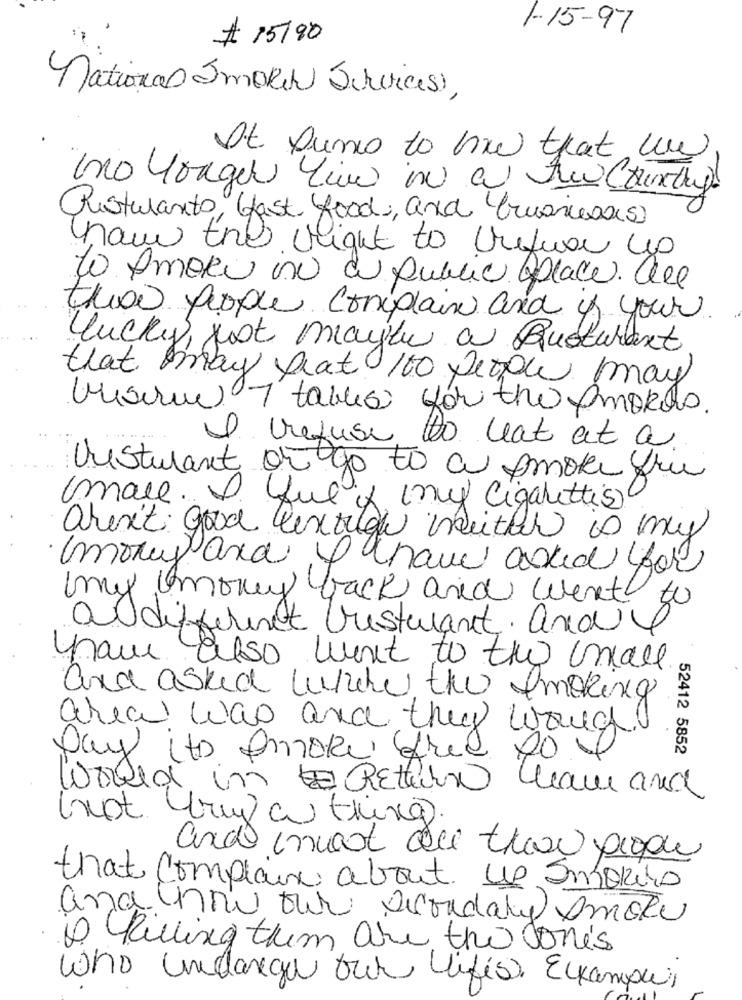
1-15-97
# 15/90
national Smolik Servicesi,
It xumo to me that un
Restaurants, fast food, and Cuoresas)
how the right to Urifuer
to Amore ono a public Aplace. are
the people complain and if your
lucky, just mayle a Busturant
that may beat 100 people ay
musique 1 tables fári the Amoras.
I refuse to weat at a
Uusturant on go to a smoke free
male ..
fue x (my Cigarettes
aren't good lexough inciter is my
monus and I have asked for
my money back and went
50
addifferent resturant ande
have also want to the mall
and asked while the smoking
area was and they would
52412 5852
Day its Smoke free
would in Return Wam and
(not try a thing).
that complain about UP Smokies
and how our scondaly smoke
I Relling them are the Jones
Who undange our lifese Eckamowi